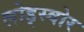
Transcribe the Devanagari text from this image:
लोड्स्वोर